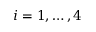
i = 1 , \dots , 4